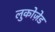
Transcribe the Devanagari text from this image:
लुकोज़ेड